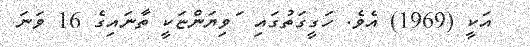
އަކީ (1969) އެވެ. ހަގީގަތުގައި ޱަވިޔަންޏަކީ ތާނައިގެ 16 ވަނަ